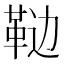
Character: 𱁵